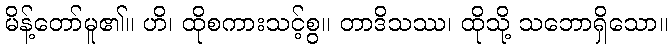
မိန့်တော်မူ၏။ ဟိ၊ ထိုစကားသင့်စွ။ တာဒိသဿ၊ ထိုသို့ သဘောရှိသော။